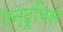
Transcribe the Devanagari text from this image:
एन्दूबिस